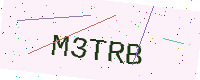
Text: M3TRB